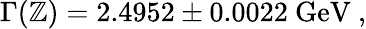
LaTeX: \Gamma(\mathbb{Z})=2.4952\pm0.0022~\mathrm{{GeV}}\ ,